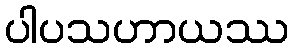
ပါပသဟာယဿ